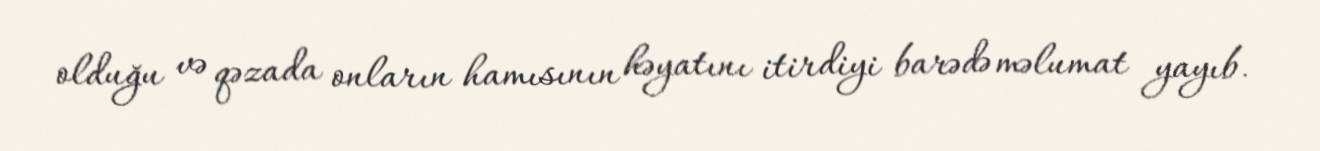
olduğu və qəzada onların hamısının həyatını itirdiyi barədə məlumat yayıb.